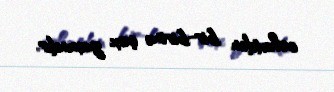
cəhətdən bir-birinə çox yaxındır.